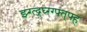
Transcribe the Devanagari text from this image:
झ्ग्त्द्र्घ्ग्ग्फ्त्फ्ह